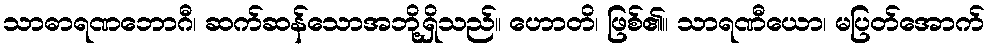
သာဓာရဏဘောဂီ၊ ဆက်ဆန်သောအဘို့ရှိသည်။ ဟောတိ၊ ဖြစ်၏။ သာရဏီယော၊ မပြတ်အောက်